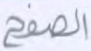
الصفح